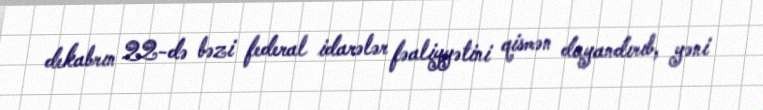
dekabrın 22-də bəzi federal idarələr fəaliyyətini qismən dayandırıb, yəni